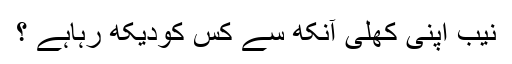
نیب اپنی کھلی آنکھ سے کس کودیکھ رہاہے ؟